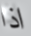
اذا